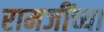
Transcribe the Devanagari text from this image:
रामजींच्या